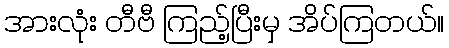
အားလုံး တီဗီ ကြည့်ပြီးမှ အိပ်ကြတယ်။